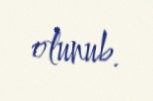
olunub.